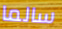
سالما